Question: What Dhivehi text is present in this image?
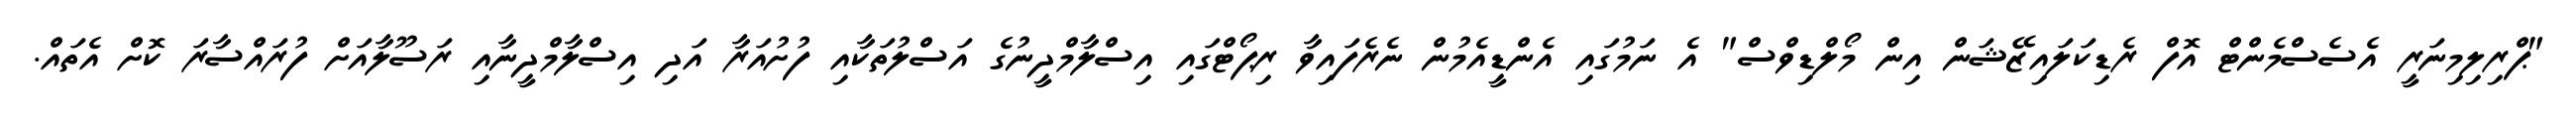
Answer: "ޕްރިލިމިނަރީ އެސެސްމެންޓް އޮފް ރެޑިކަލައިޒޭޝަން އިން މޯލްޑިވްސް" އެ ނަމުގައި އެންޑީއެމުން ނެރެފައިވާ ރިޕޯޓްގައި އިސްލާމްދީނުގެ އަސްލުތަކާއި ފުށުއަރާ އަދި އިސްލާމްދީނާއި ރަސޫލާއަށް ފުރައްސާރަ ކޮށް އެތައް.